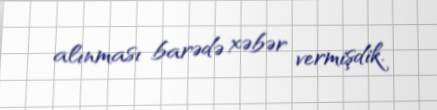
alınması barədə xəbər vermişdik.